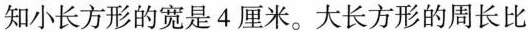
知小长方形的宽是4厘米。大长方形的周长比